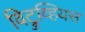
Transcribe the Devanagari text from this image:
विट्रुव्हियस